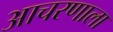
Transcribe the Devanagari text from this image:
आचरणाला